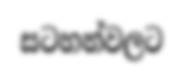
සටහන්වලට